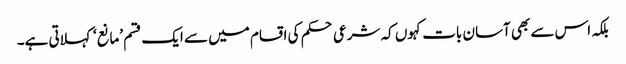
بلکہ اس سے بھی آسان بات کہوں کہ شرعی حکم کی اقسام میں سے ایک قسم ’مانع‘ کہلاتی ہے۔